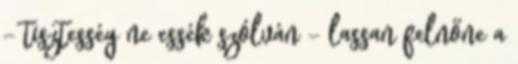
– tisztesség ne essék szólván – lassan felnőne a